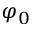
\varphi _ { 0 }